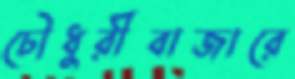
চৌধুরীবাজারে